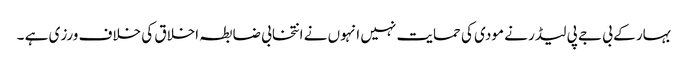
بہار کے بی جے پی لیڈر نے مودی کی حمایت نہیں انہوں نے انتخابی ضابطہ اخلاق کی خلاف ورزی ہے ۔